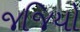
જજિયો